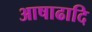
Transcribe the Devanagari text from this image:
आषाढादि